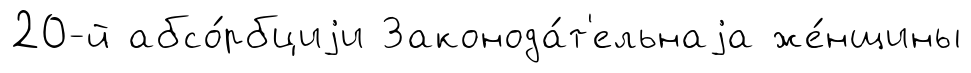
20-й абсо́рбциjи Законода́т'ельнаjа же́нщины